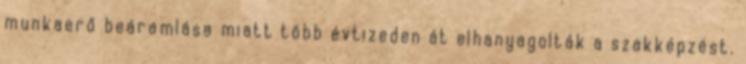
munkaerő beáramlása miatt több évtizeden át elhanyagolták a szakképzést.